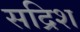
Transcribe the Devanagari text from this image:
सद्रिश